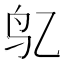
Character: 𱉇